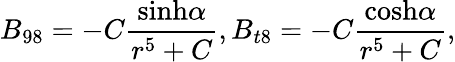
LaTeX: B_{98}=-C{\frac{\mathrm{sinh}\alpha}{r^{5}+C}},B_{t8}=-C{\frac{\mathrm{cosh}\alpha}{r^{5}+C}},